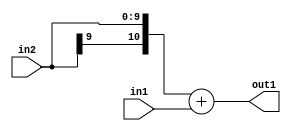
`timescale 1ps / 1ps
/*****************************************************************************
    Verilog RTL Description
    
    
    Created by: Stratus DpOpt 2019.1.01 
*******************************************************************************/

module SobelFilter_Add_10Sx2U_11S_4 (
	in2,
	in1,
	out1
	); /* architecture "behavioural" */ 
input [9:0] in2;
input [1:0] in1;
output [10:0] out1;
wire [10:0] asc001;

assign asc001 = 
	+({in2[9], in2})
	+(in1);

assign out1 = asc001;
endmodule

/* CADENCE  ubH0Qw4= : u9/ySgnWtBlWxVPRXgAZ4Og= ** DO NOT EDIT THIS LINE ******/